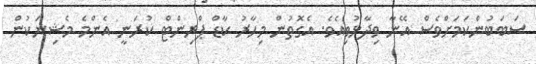
ސަބަބުންކަމަށްވެސް އޭނާ ވިދާޅުވިއެވެ. އެގޮތުން މިހާރު ކާޑް ޕްރިންޓް ކުރަނީ އެންމެ މެޝިނަކުން